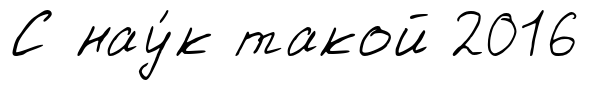
С нау́к такой 2016